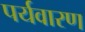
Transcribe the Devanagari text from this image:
पर्यवारण